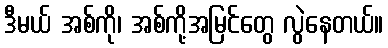
ဒီမယ် အစ်ကို၊ အစ်ကို့အမြင်တွေ လွဲနေတယ်။